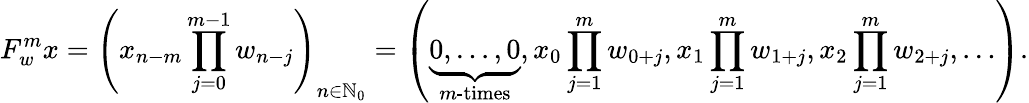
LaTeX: F_{w}^{m}x=\left(x_{n-m}\prod_{j=0}^{m-1}w_{n-j}\right)_{n\in\mathbb{N}_{0}}=\left(\underbrace{0,\ldots,0}_{m\textrm{-times}},x_{0}\prod_{j=1}^{m}w_{0+j},x_{1}\prod_{j=1}^{m}w_{1+j},x_{2}\prod_{j=1}^{m}w_{2+j},\ldots\right).